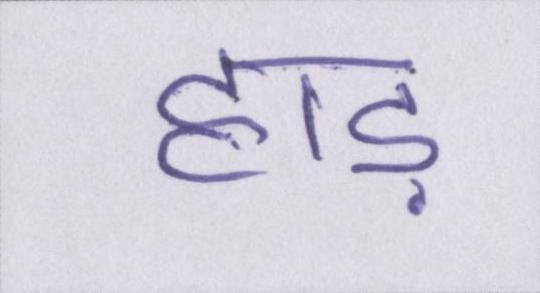
हाड़